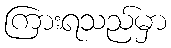
ကြားရသည်မှာ